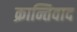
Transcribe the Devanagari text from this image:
क्रान्तिवाद